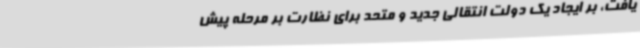
یافت، بر ایجاد یک دولت انتقالی جدید و متحد برای نظارت بر مرحله پیش